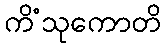
ကိံသုကောတိ